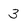
Character: 3